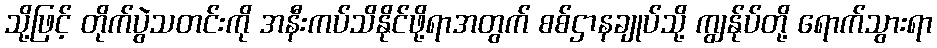
သို့ဖြင့် တိုက်ပွဲသတင်းကို အနီးကပ်သိနိုင်ဖို့ရာအတွက် စစ်ဌာနချုပ်သို့ ကျွန်ုပ်တို့ ရောက်သွားရာ